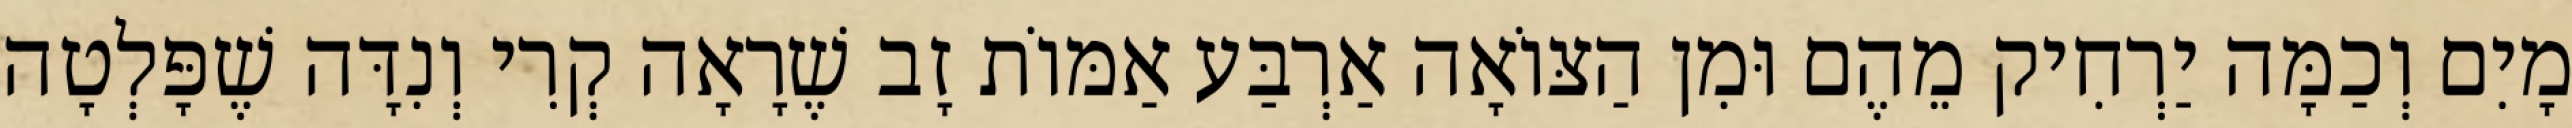
מָיִם וְכַמָּה יַרְחִיק מֵהֶם וּמִן הַצּוֹאָה אַרְבַּע אַמּוֹת זָב שֶׁרָאָה קְרִי וְנִדָּה שֶׁפָּלְטָה